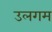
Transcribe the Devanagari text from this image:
उलगम